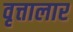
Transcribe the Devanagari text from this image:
वृत्तालार